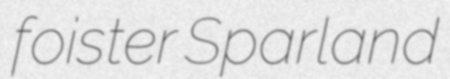
foister Sparland